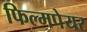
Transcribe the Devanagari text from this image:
फिल्मपेयर